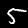
Digit: 5